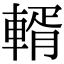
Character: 𨍐